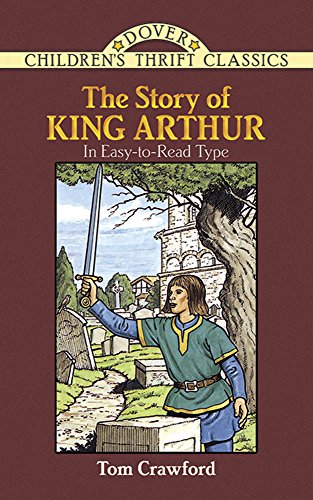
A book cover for The Story of King Arthur (Dover Children's Thrift Classics); Tom Crawford; Children's Books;